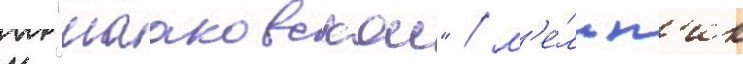
к "мааковскои" / м'е́льн'ик